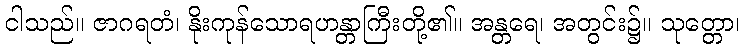
ငါသည်။ ဇာဂရတံ၊ နိုးကုန်သောရဟန္တာကြီးတို့၏။ အန္တရေ၊ အတွင်း၌။ သုတ္တော၊